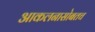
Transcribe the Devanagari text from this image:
आकलनासोबतच